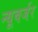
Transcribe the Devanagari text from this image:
न्यूबर्जर